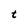
Character: t